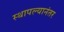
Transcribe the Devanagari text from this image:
स्थापल्यानंतर